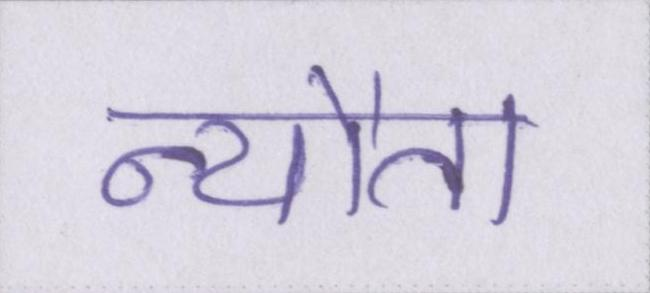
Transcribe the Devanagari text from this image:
न्यौता